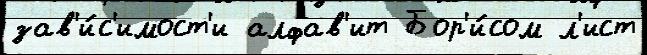
зав'и́с'имост'и алфав'ит Бор'и́сом л'ист